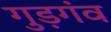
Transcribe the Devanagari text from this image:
गुड़गंव